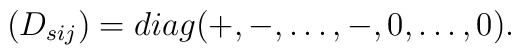
(D_{sij})=diag(+,-,\dots,-,0,\dots,0).